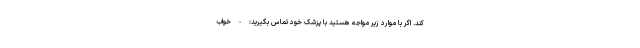
کند. اگر با موارد زیر مواجه هستید با پزشک خود تماس بگیرید: - خواب